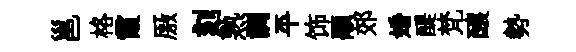
邕格霞厫刻熟調平饰顒郊婚醍梵醸勢